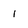
Character: 1